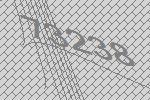
73238